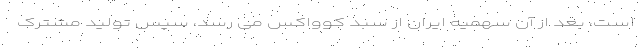
است، بعد از آن سهمیه ایران از سبد کوواکس می رسد، سپس تولید مشترک